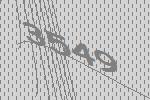
3549